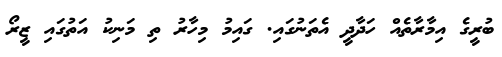
ބުރީގެ އިމާރާތެއް ހަދާދީ އެތަނުގައި. ގައިމު މިހާރު ތި މަނިކު އަތުގައި ޒީރޯ